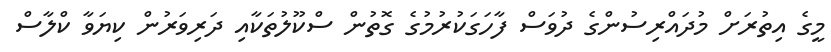
މީގެ އިތުރަށް މުދައްރިސުންގެ ދުވަސް ފާހަގަކުރުމުގެ ގޮތުން ސްކޫލުތަކާއި ދަރިވަރުން ކިޔަވާ ކްލާސް